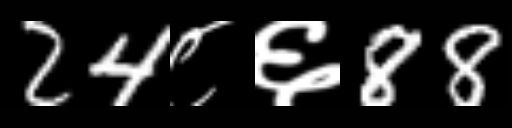
Text: 24८६88